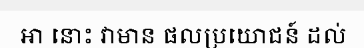
អា នោះ វាមាន ផលប្រយោជន៍ ដល់